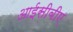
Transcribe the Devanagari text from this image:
आईसीबीए